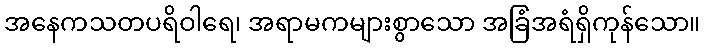
အနေကသတပရိဝါရေ၊ အရာမကများစွာသော အခြံအရံရှိကုန်သော။